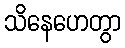
သိနေဟေတွာ